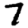
Digit: 7